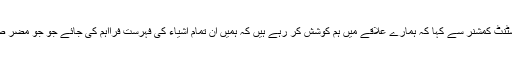
آج انجمن تاجران شینبر نگر کے وفد سے ایک ملاقات میں وفد نے قائم مقام اسسٹنٹ کمشنر سے کہا کہ ہمارے علاقے میں ہم کوشش کر رہے ہیں کہ ہمیں ان تمام اشیاء کی فہرست فرااہم کی جائے جو جو مضر صحت ہوں اور ان کی پہچان کے لئے ہمیں ضروروی معلومات پہنچا دی جائیں۔